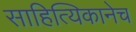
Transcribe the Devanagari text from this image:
साहित्यिकानेच